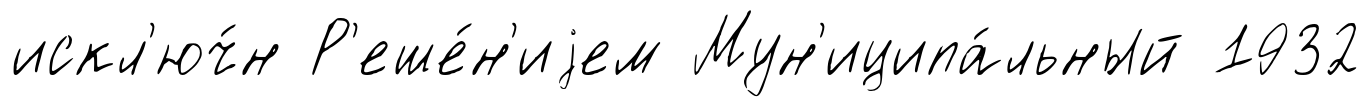
искл'юч́н Р'еше́н'иjем Мун'иципа́льный 1932